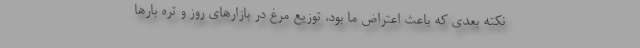
نکته بعدی که باعث اعتراض ما بود، توزیع مرغ در بازارهای روز و تره بارها